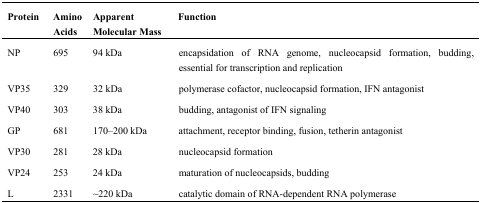
<table><thead><tr><td><b>Protein</b></td><td><b>Amino Acids</b></td><td><b>Apparent Molecular Mass</b></td><td><b>Function</b></td></tr></thead><tbody><tr><td>NP</td><td>695</td><td>94 kDa</td><td>encapsidation of RNA genome, nucleocapsid formation, budding, essential for transcription and replication </td></tr><tr><td>VP35</td><td>329</td><td>32 kDa</td><td>polymerase cofactor, nucleocapsid formation, IFN antagonist</td></tr><tr><td>VP40</td><td>303</td><td>38 kDa</td><td>budding, antagonist of IFN signaling</td></tr><tr><td>GP</td><td>681</td><td>170-200 kDa</td><td>attachment, receptor binding, fusion, tetherin antagonist</td></tr><tr><td>VP30</td><td>281</td><td>28 kDa</td><td>nucleocapsid formation</td></tr><tr><td>VP24</td><td>253</td><td>24 kDa</td><td>maturation of nucleocapsids, budding</td></tr><tr><td>L</td><td>2331</td><td>~220 kDa</td><td>catalytic domain of RNA-dependent RNA polymerase</td></tr></tbody></table>